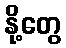
နို့တွေ